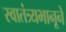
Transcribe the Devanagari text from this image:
स्वातंत्र्यभानूने